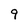
Character: 9